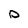
Character: p